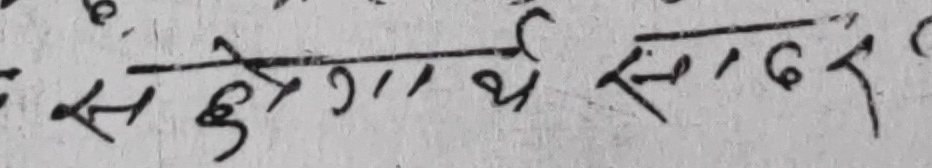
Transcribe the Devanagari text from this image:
सहेगार्थे सन्दर्भ